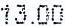
13.00